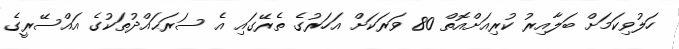
ހަލުވިކަމަށް ބަލާއިރު ކުރިއަށްއޮތް 80 ވަރަކަށް އަހަރުގެ ތެރޭގައި އެ ސަރަޙައްދުތަކުގެ އައްސޭރީގެ